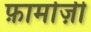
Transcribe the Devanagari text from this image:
फ़ार्माज़ी